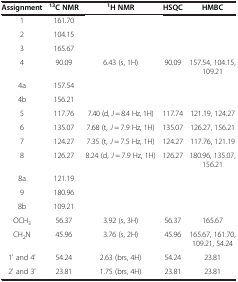
| Assignment | 13C NMR | 1H NMR | HSQC | HMBC |
 | --- | --- | --- | --- | --- |
 | 1 | 161.70 |  |  |  |
 | 2 | 104.15 |  |  |  |
 | 3 | 165.67 |  |  |  |
 | 4 | 90.09 | 6.43 (s, 1H) | 90.09 | 157.54, 104.15, 109.21 |
 | 4a | 157.54 |  |  |  |
 | 4b | 156.21 |  |  |  |
 | 5 | 117.76 | 7.40 (d, J = 8.4 Hz, 1H) | 117.74 | 121.19, 124.27 |
 | 6 | 135.07 | 7.68 (t, J = 7.9 Hz, 1H) | 135.07 | 126.27, 156.21 |
 | 7 | 124.27 | 7.35 (t, J = 7.5 Hz, 1H) | 124.27 | 117.76, 121.19 |
 | 8 | 126.27 | 8.24 (d, J = 7.9 Hz, 1H) | 126.27 | 180.96, 135.07, 156.21 |
 | 8a | 121.19 |  |  |  |
 | 9 | 180.96 |  |  |  |
 | 8b | 109.21 |  |  |  |
 | OCH3 | 56.37 | 3.92 (s, 3H) | 56.37 | 165.67 |
 | CH2N | 45.96 | 3.76 (s, 2H) | 45.96 | 165.67, 161.70,109.21, 54.24 |
 | 1' and 4' | 54.24 | 2.63 (brs, 4H) | 54.24 | 23.81 |
 | 2' and 3' | 23.81 | 1.75 (brs, 4H) | 23.81 | 23.81 |